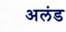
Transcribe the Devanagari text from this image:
अलंड